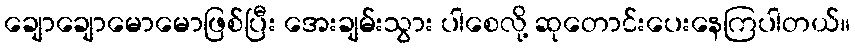
ချောချောမောမောဖြစ်ပြီး အေးချမ်းသွား ပါစေလို့ ဆုတောင်းပေးနေကြပါတယ်။